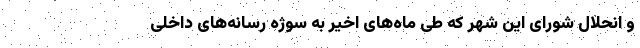
و انحلال شورای این شهر که طی ماه‌های اخیر به سوژه رسانه‌های داخلی